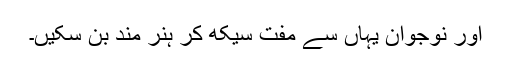
اور نوجوان یہاں سے مفت سیکھ کر ہنر مند بن سکیں۔